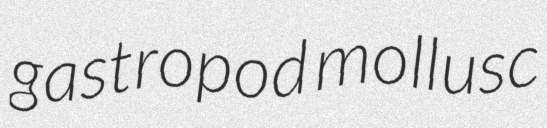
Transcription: gastropod mollusc